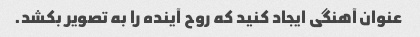
عنوان آهنگی ایجاد کنید که روح آینده را به تصویر بکشد.